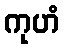
ကုဟံ